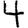
Digit: 4